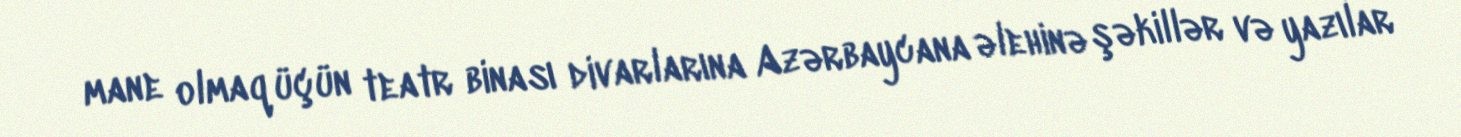
mane olmaq üçün teatr binası divarlarına Azərbaycana əlehinə şəkillər və yazılar